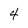
Character: 4